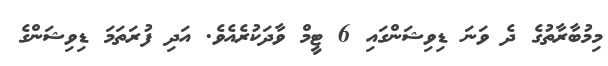
މިމުބާރާތުގެ ދެ ވަނަ ޑިވިޝަންގައި 6 ޓީމް ވާދަކުރެއެވެ. އަދި ފުރަތަމަ ޑިވިޝަންގެ